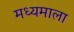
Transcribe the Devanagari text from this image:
मध्यमाला